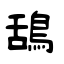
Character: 鴰